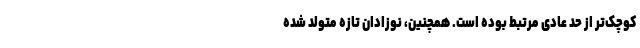
کوچک‌تر از حد عادی مرتبط بوده است. همچنین، نوزادان تازه متولد شده